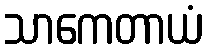
သာကေတာယံ